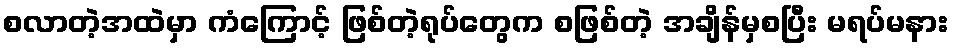
စလာတဲ့အထဲမှာ ကံကြောင့် ဖြစ်တဲ့ရုပ်တွေက စဖြစ်တဲ့ အချိန်မှစပြီး မရပ်မနား